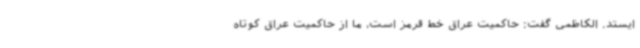
‌ایستد. الکاظمی گفت: حاکمیت عراق خط قرمز است، ما از حاکمیت عراق کوتاه